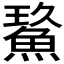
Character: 𩷡